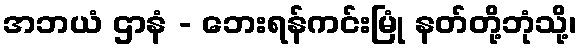
အဘယံ ဌာနံ - ဘေးရန်ကင်းမြုံ နတ်တို့ဘုံသို့၊